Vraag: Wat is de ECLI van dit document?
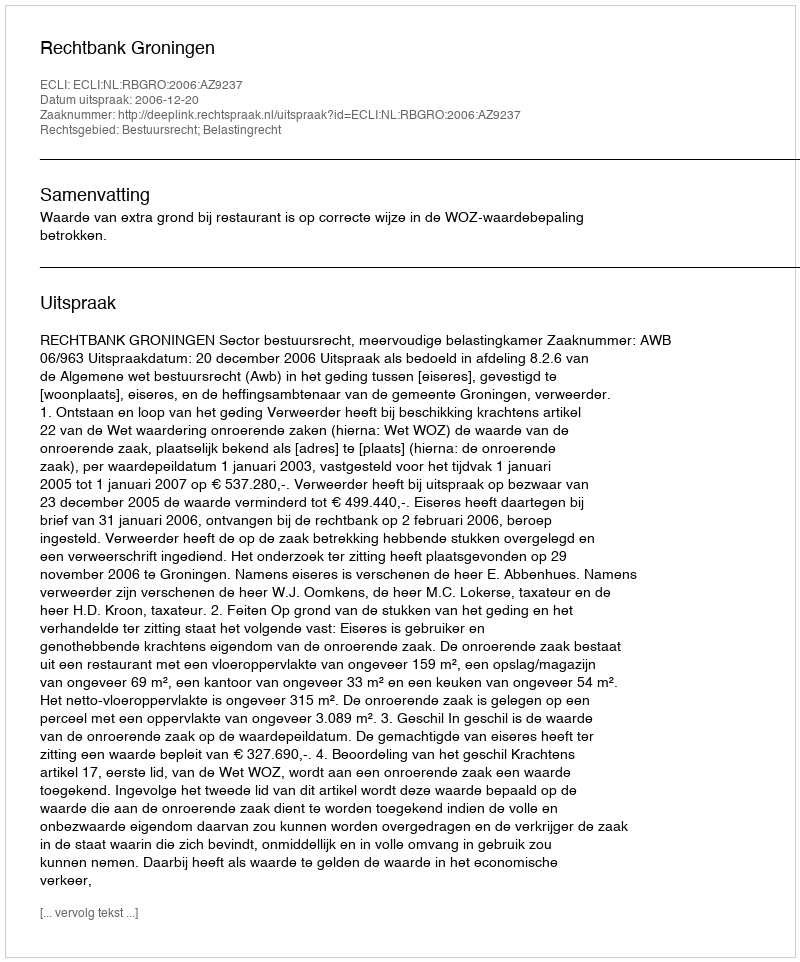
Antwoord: ECLI:NL:RBGRO:2006:AZ9237